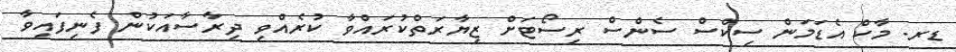
ޑރ. މާކް އެޑަމަން ސިކްސް ސެންސް ރިސޯޓަށް ޒިޔާރަތްކުރައްވާ ކުރެއްވި ދިރާސާއަކުން ފެނިފައިވާ